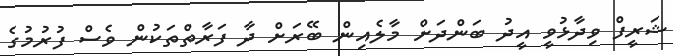
ޝަރީފް ވިދާޅުވީ އީދު ބަންދަށް މާލެއިން ބޭރަށް ދާ ފަރާތްތަކުން ވެސް ފުރުމުގެ